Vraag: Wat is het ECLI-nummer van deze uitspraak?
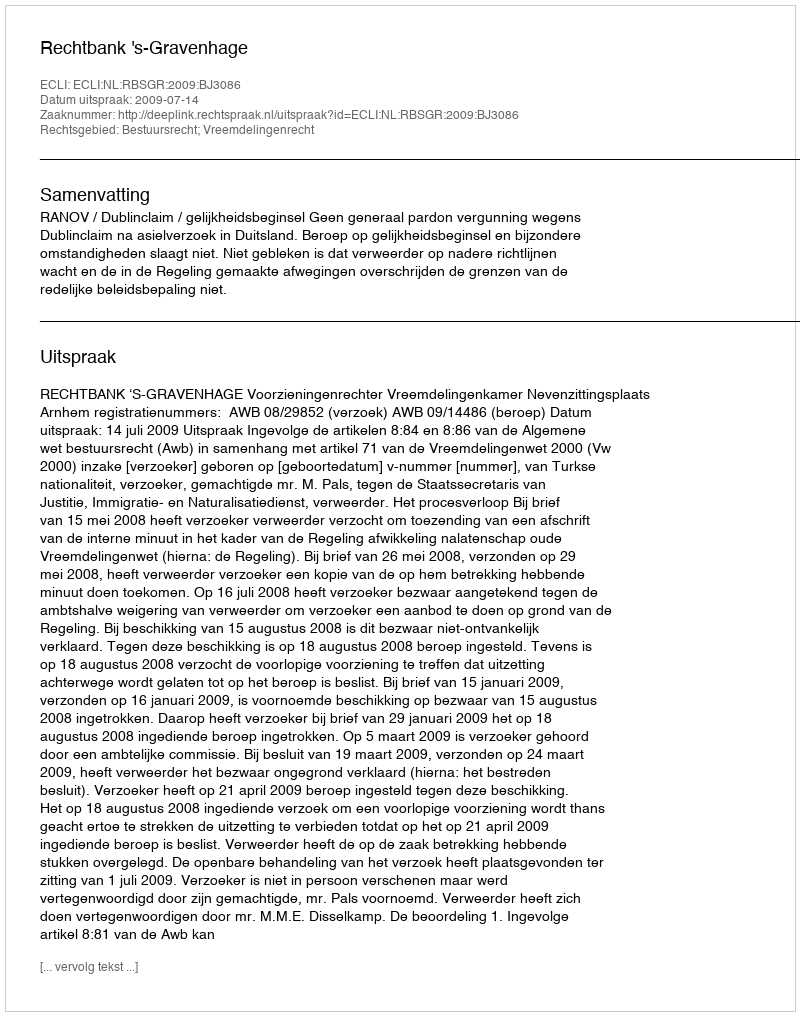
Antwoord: ECLI:NL:RBSGR:2009:BJ3086